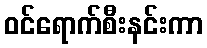
ဝင်ရောက်စီးနင်းကာ